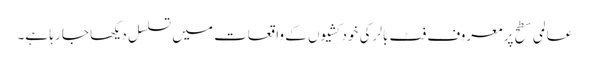
عالمی سطح پر معروف فٹ بالر کی خودکشیوں کے واقعات میں تسلسل دیکھا جا رہا ہے۔